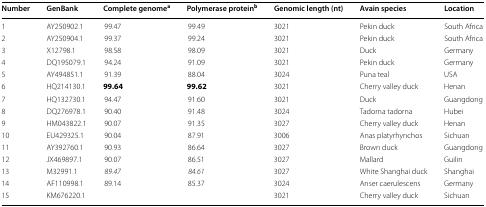
<table><thead><tr><td><b>Number</b></td><td><b>GenBank</b></td><td><b>Complete genome<sup>a</sup></b></td><td><b>Polymerase protein<sup>b</sup></b></td><td><b>Genomic length (nt)</b></td><td><b>Avain species</b></td><td><b>Location</b></td></tr></thead><tbody><tr><td>1</td><td>AY250902.1</td><td>99.47</td><td>99.49</td><td>3021</td><td>Pekin duck</td><td>South Africa</td></tr><tr><td>2</td><td>AY250904.1</td><td>99.37</td><td>99.24</td><td>3021</td><td>Pekin duck</td><td>South Africa</td></tr><tr><td>3</td><td>X12798.1</td><td>98.58</td><td>98.09</td><td>3021</td><td>Duck</td><td>Germany</td></tr><tr><td>4</td><td>DQ195079.1</td><td>94.24</td><td>91.09</td><td>3021</td><td>Pekin duck</td><td>Germany</td></tr><tr><td>5</td><td>AY494851.1</td><td>91.39</td><td>88.04</td><td>3024</td><td>Puna teal</td><td>USA</td></tr><tr><td>6</td><td>HQ214130.1</td><td><b>99.64</b></td><td><b>99.62</b></td><td>3021</td><td>Cherry valley duck</td><td>Henan</td></tr><tr><td>7</td><td>HQ132730.1</td><td>94.47</td><td>91.60</td><td>3021</td><td>Duck</td><td>Guangdong</td></tr><tr><td>8</td><td>DQ276978.1</td><td>90.40</td><td>91.48</td><td>3024</td><td>Tadorna tadorna</td><td>Hubei</td></tr><tr><td>9</td><td>HM043822.1</td><td>90.07</td><td>91.35</td><td>3027</td><td>Cherry valley duck</td><td>Henan</td></tr><tr><td>10</td><td>EU429325.1</td><td>90.04</td><td>87.91</td><td>3006</td><td>Anas platyrhynchos</td><td>Sichuan</td></tr><tr><td>11</td><td>AY392760.1</td><td>90.93</td><td>86.64</td><td>3027</td><td>Brown duck</td><td>Guangdong</td></tr><tr><td>12</td><td>JX469897.1</td><td>90.07</td><td>86.51</td><td>3027</td><td>Mallard</td><td>Guilin</td></tr><tr><td>13</td><td>M32991.1</td><td><i>89.47</i></td><td><i>84.61</i></td><td>3027</td><td>White Shanghai duck</td><td>Shanghai</td></tr><tr><td>14</td><td>AF110998.1</td><td>89.14</td><td>85.37</td><td>3024</td><td>Anser caerulescens</td><td>Germany</td></tr><tr><td>15</td><td>KM676220.1</td><td></td><td></td><td>3021</td><td>Cherry valley duck</td><td>Sichuan</td></tr></tbody></table>